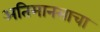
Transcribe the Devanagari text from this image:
अतिमानसाचा